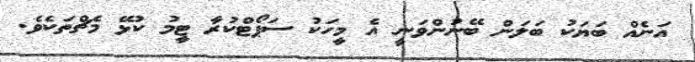
އަނެއް ބަޔަކު ބަލަން ބޭނުންވަނީ އެ މީހަކު ސަޕޯޓްކުރާ ޓީމު ކުޅޭ މެޗްތަކެވެ.